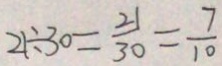
2 1 \div 3 0 = \frac { 2 1 } { 3 0 } = \frac { 7 } { 1 0 }